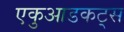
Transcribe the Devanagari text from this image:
एकुआडकट्स